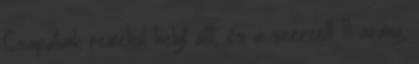
Csapatunk remekül helyt állt, és a szerzett 11 arany,